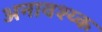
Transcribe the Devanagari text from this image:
अनावश्य्क